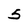
Character: 5